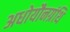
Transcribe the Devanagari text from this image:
अधोयौनग्रंथि